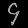
Digit: ၄